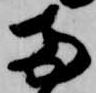
両